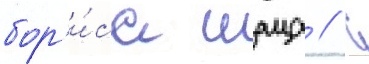
бор'и́са шаца // С